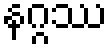
နဂ္ဂဿ